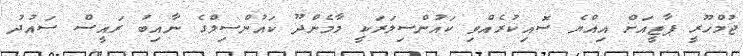
ޖުމްހޫރީ ޕާޓީއަށް އިއްޔެ ސޮއިކުރެއްވި ކައުންސިލަރަކީ މާމެންދޫ ކައުންސިލްގެ ނާއިބު ރައީސް ސައުދު